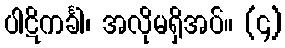
ပါဋိကင်္ခါ၊ အလိုမရှိအပ်။ (၄)